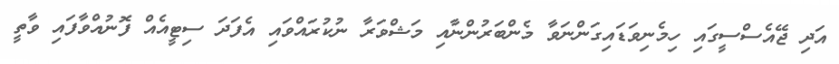
އަދި ޖޭއެސްސީގައި ހިމެނިވަޑައިގަންނަވާ މެންބަރުންނާއި މަޝްވަރާ ނުކުރައްވައި އެފަދަ ސިޓީއެއް ފޮނުއްވާފައި ވާތީ